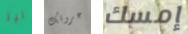
ليز عروقك إمسك